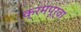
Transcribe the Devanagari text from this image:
क्रमपूर्वा